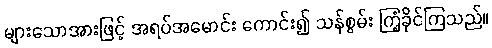
များသောအားဖြင့် အရပ်အမောင်း ကောင်း၍ သန်စွမ်း ကြံ့ခိုင်ကြသည်။